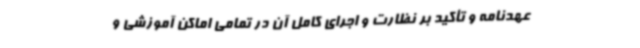
عهدنامه و تأکید بر نظارت و اجرای کامل آن در تمامی اماکن آموزشی و